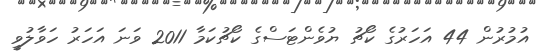
އުމުރުން 44 އަހަރުގެ ކޯޗު ޔުވެންޓަސްގެ ކޯޗުކަމާ 2011 ވަނަ އަހަރު ހަވާލުވީ